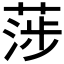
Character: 𦶼